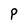
Character: P